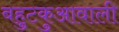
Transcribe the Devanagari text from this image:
बहुटकुआवाली